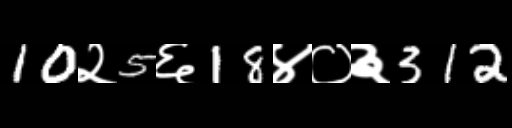
Text: 10२5६18४०३312